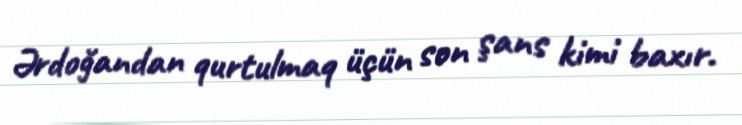
Ərdoğandan qurtulmaq üçün son şans kimi baxır.